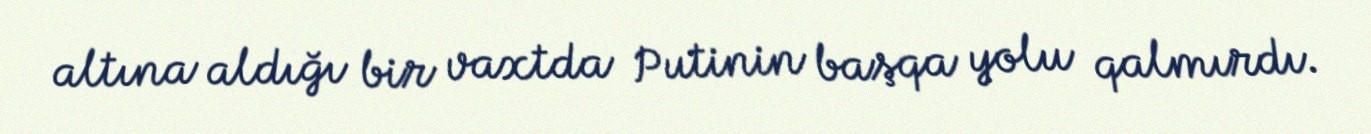
altına aldığı bir vaxtda Putinin başqa yolu qalmırdı.